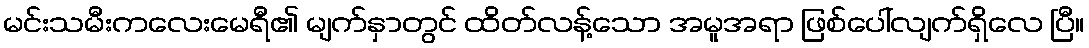
မင်းသမီးကလေးမေရီ၏ မျက်နှာတွင် ထိတ်လန့်သော အမူအရာ ဖြစ်ပေါ်လျက်ရှိလေ ပြီ။